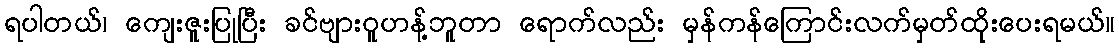
ရပါတယ်၊ ကျေးဇူးပြုပြီး ခင်ဗျားဝူဟန့်ဘူတာ ရောက်လည်း မှန်ကန်ကြောင်းလက်မှတ်ထိုးပေးရမယ်။